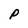
Character: P